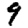
Digit: 9